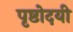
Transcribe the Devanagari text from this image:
पृष्ठोदयी